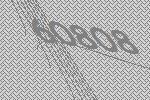
60808